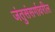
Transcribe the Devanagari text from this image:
जंतुसंसर्गावरील